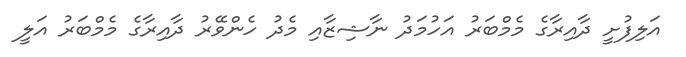
އަލިފުށީ ދާއިރާގެ މެމްބަރު އަހުމަދު ނާޝިޒާއި މެދު ހެންވޭރު ދާއިރާގެ މެމްބަރު އަލީ